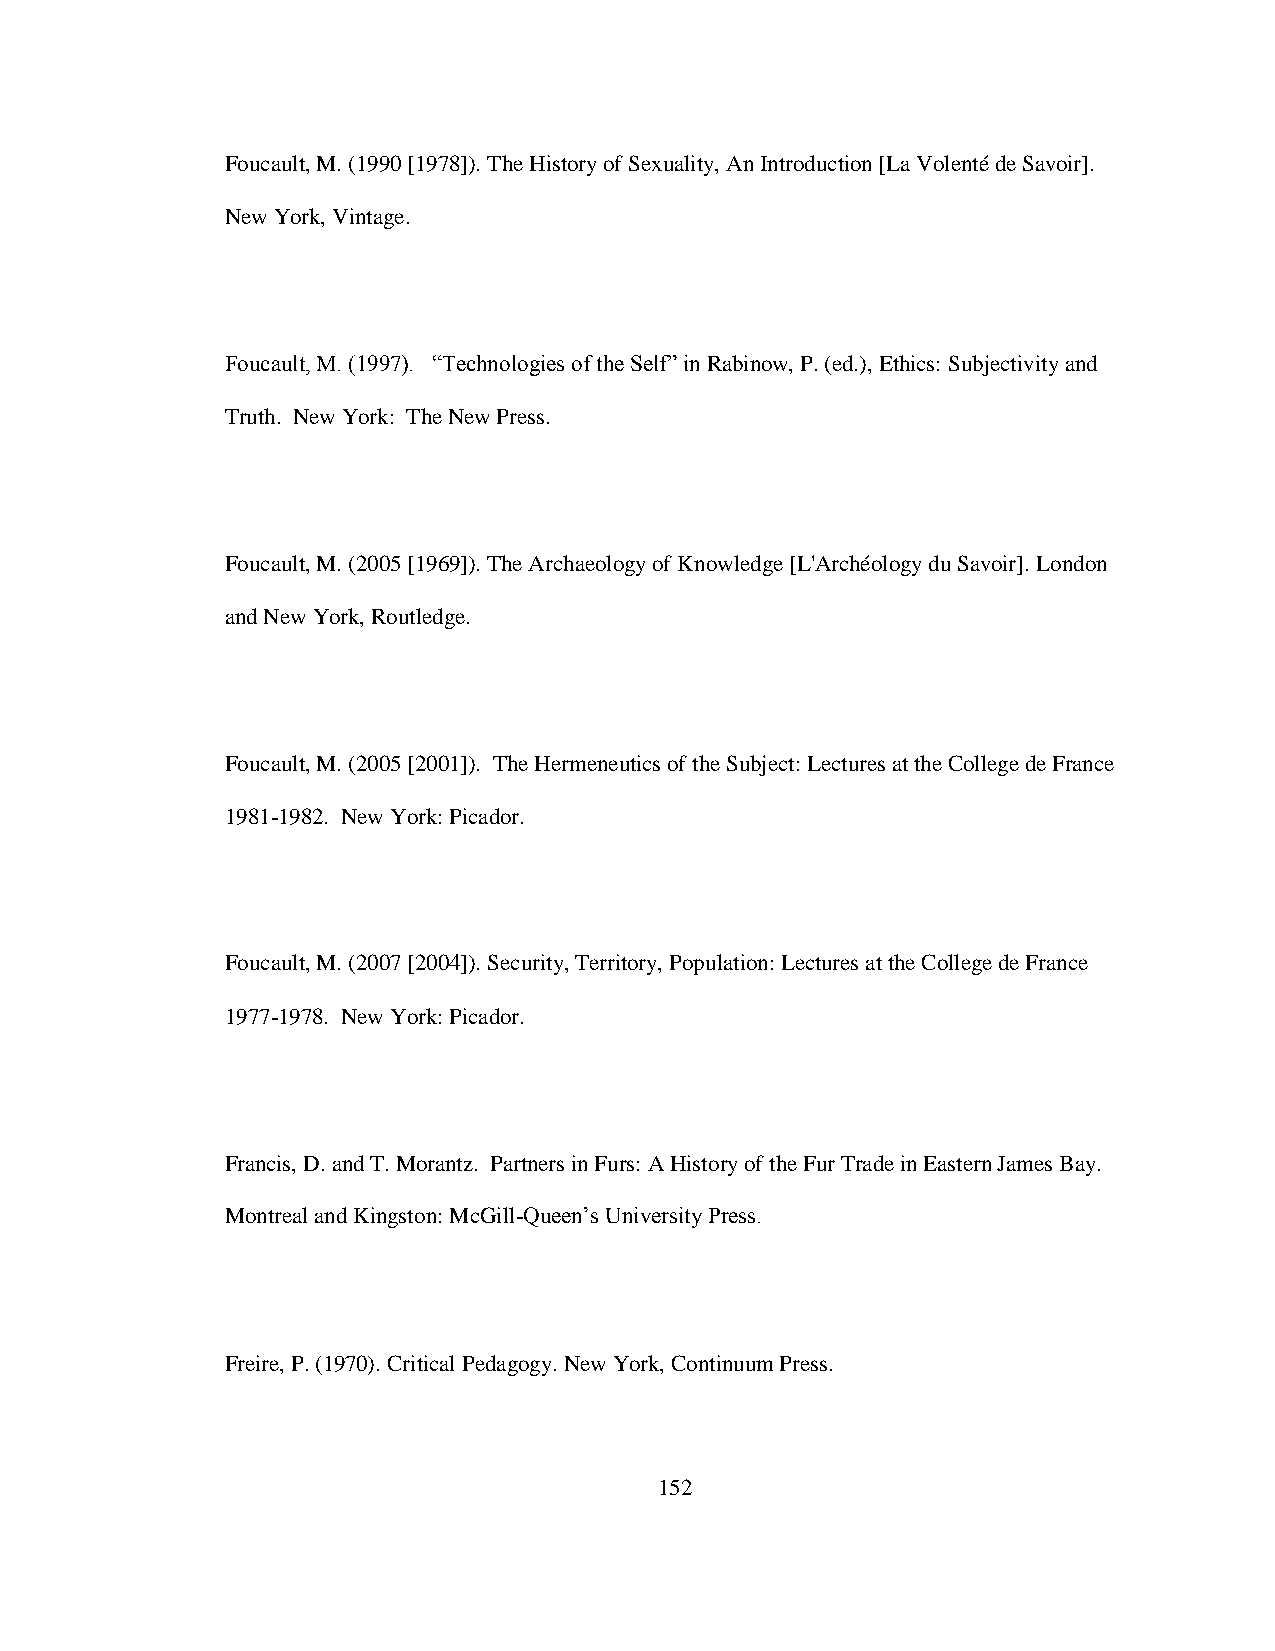
Foucault, M. (1990 [1978]). The History of Sexuality, An Introduction [La Volenté de Savoir].
 New York, Vintage.
 Foucault, M. (1997). “Technologies of the Self” in Rabinow, P. (ed.), Ethics: Subjectivity and
 Truth. New York: The New Press.
 Foucault, M. (2005 [1969]). The Archaeology of Knowledge [L'Archéology du Savoir]. London
 and New York, Routledge.
 Foucault, M. (2005 [2001]). The Hermeneutics of the Subject: Lectures at the College de France
 1981-1982. New York: Picador.
 Foucault, M. (2007 [2004]). Security, Territory, Population: Lectures at the College de France
 1977-1978. New York: Picador.
 Francis, D. and T. Morantz. Partners in Furs: A History of the Fur Trade in Eastern James Bay.
 Montreal and Kingston: McGill-Queen‟s University Press.
 Freire, P. (1970). Critical Pedagogy. New York, Continuum Press.
 152